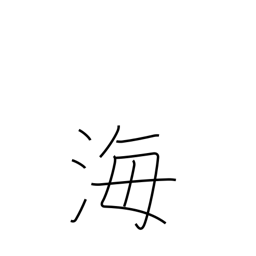
Meaning: ocean